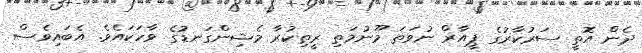
ދެން އޮތީ ސަރުކާރުގެ ޕީއާރް ނުވަތަ މޫނުމަތި ރީތިކުރާ މެޝިންގަނޑުގެ ވާހަކައެވެ. އެބައިވެސް